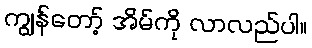
ကျွန်တော့် အိမ်ကို လာလည်ပါ။